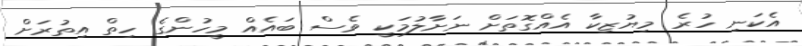
އެކަނި ހުރެ މިޔުޒިކާ އެއްގޮތަށް ނަށާލުމަކީ ވެސް ބައެއް މީހުންގެ ހިތް އިތުރަށް